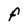
Character: f